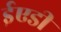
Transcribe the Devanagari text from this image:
ईएडी